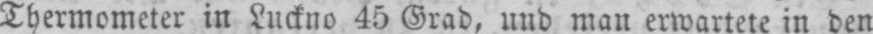
Thermometer in Luckno 45 Grad, und man erwartete in den